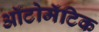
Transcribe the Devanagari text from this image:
ऑटोमॅटिक